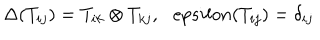
\Delta ( T _ { i j } ) = T _ { i k } \otimes T _ { k j } , \ \ \, e p s i l o n ( T _ { i j } ) = \delta _ { i j }